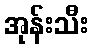
အုန်းသီး